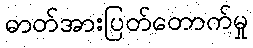
ဓာတ်အားပြတ်တောက်မှု